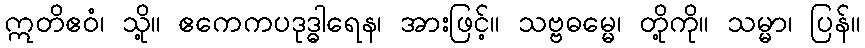
ဣတိဧဝံ၊ သို့။ ဧကေကပဒုဒ္ဓါရေန၊ အားဖြင့်။ သဗ္ဗဓမ္မေ၊ တို့ကို။ သမ္မာ၊ ပြန်။